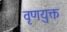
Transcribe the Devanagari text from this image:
वृणयुक्त